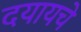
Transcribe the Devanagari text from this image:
दयायचे